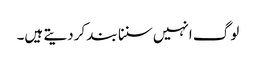
لوگ انہیں سننا بند کردیتے ہیں۔